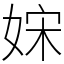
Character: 𡜻